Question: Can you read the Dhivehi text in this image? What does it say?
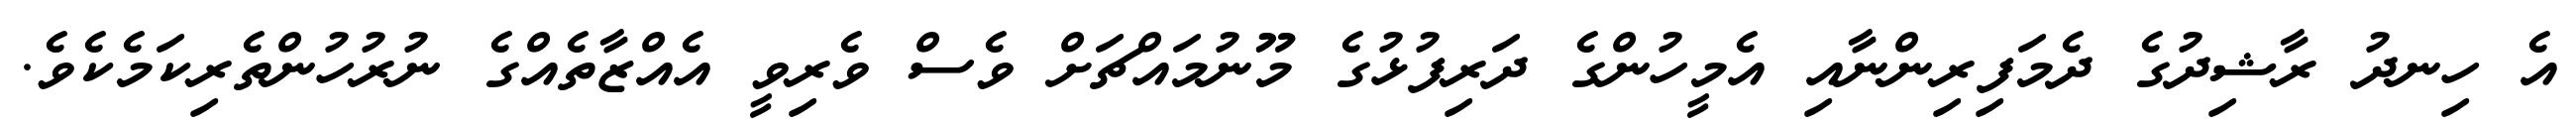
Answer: އެ ހިނދު ރާޝިދުގެ ދެމަފިރިންނާއި އެމީހުންގެ ދަރިފުޅުގެ މޫނުމައްޗަށް ވެސް ވެރިވީ އެއްޒާތެއްގެ ނުރުހުންތެރިކަމެކެވެ.